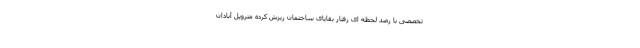
تخصصی با رصد لحظه ای رفتار بقایای ساختمان ریزش کرده متروپل آبادان